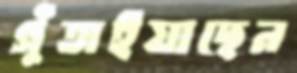
গুঁতাইয়াছেন